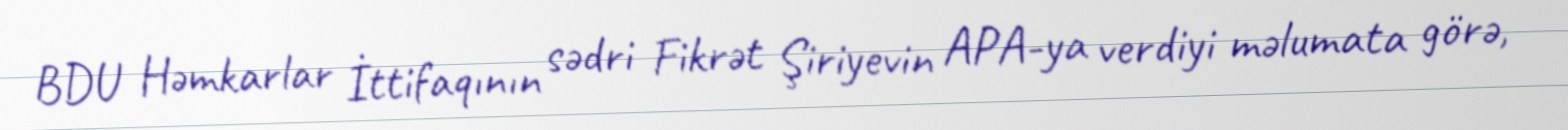
BDU Həmkarlar İttifaqının sədri Fikrət Şiriyevin APA-ya verdiyi məlumata görə,